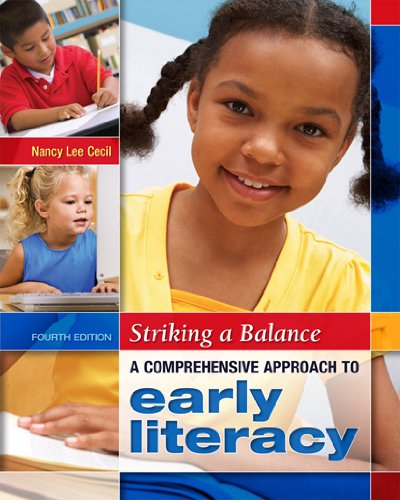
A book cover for Striking a Balance: A Comprehensive Approach to Early Literacy; Nancy Lee Cecil; Reference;